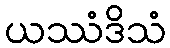
ယဿံဒိသံ